Civil Veterinary Department ledger series I-VI
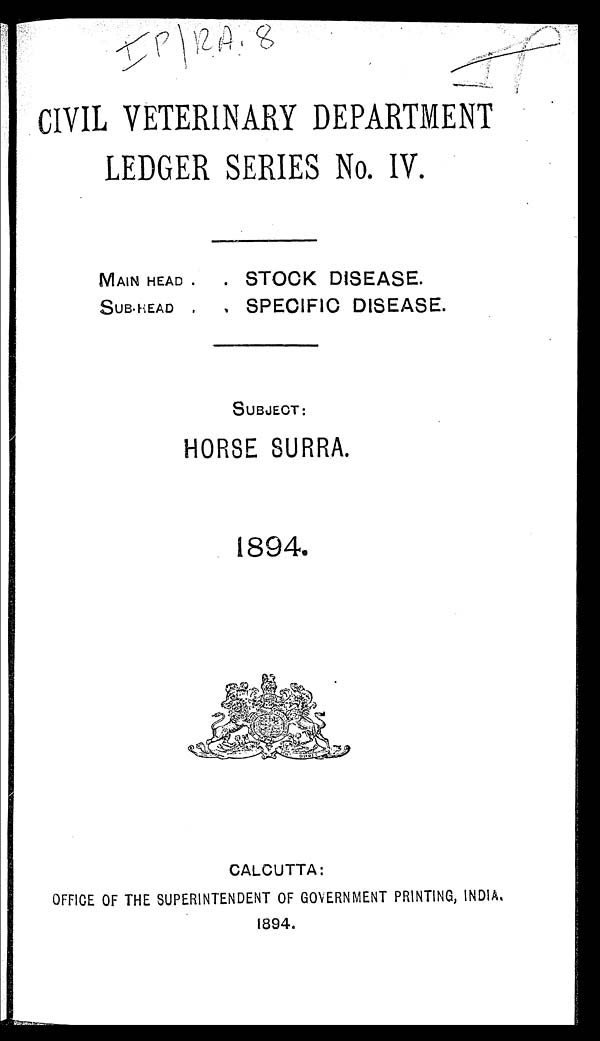
CIVIL VETERINARY DEPARTMENT
LEDGER SERIES No. IV.
MAIN HEAD .
SUB-READ .
. STOCK DISEASE.
. SPECIFIC DISEASE.
SUBJECT:
HORSE SURRA.
1894.
CALCUTTA:
OFFICE OF THE SUPERINTENDENT OF GOVERNMENT PRINTING, INDIA.
1894.